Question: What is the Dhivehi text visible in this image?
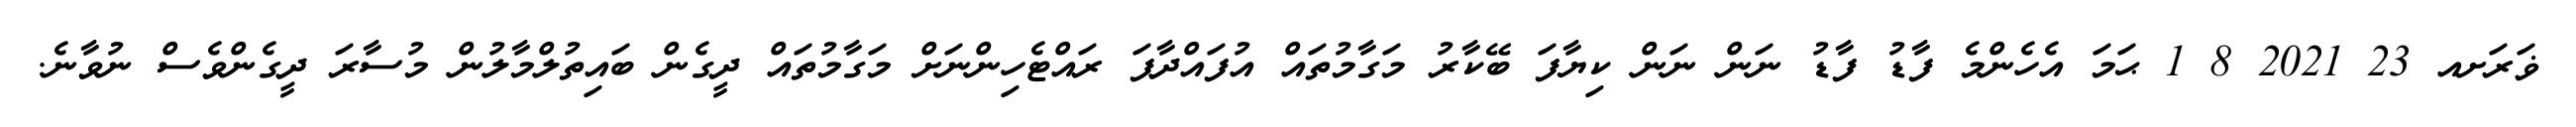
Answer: ޥަރަށއ 23 2021 8 1 ޙަމަ އެހެންމެ ފާޑު ފާޑު ނަން ނަން ކިޔާފަ ބޭކާރު މަގާމުތައް އުފައްދާފަ ރައްޓެހިންނަށް މަގާމުތައް ދީގެން ބައިތުލްމާލުން މުސާރަ ދީގެންވެސް ނުވާނެ.